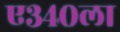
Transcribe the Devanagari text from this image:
ए३४०ला